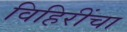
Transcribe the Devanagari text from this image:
विहिरींचा